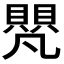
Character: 𮚝